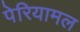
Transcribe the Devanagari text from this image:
पेरियामल